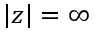
| z | = \infty